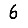
Digit: 6